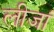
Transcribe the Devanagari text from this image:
लीजां